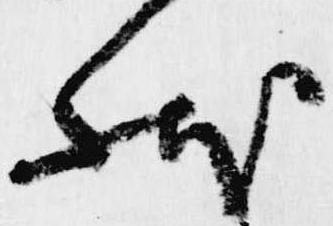
状